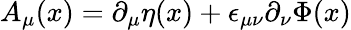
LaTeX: A_{\mu}(x)=\partial_{\mu}\eta(x)+\epsilon_{\mu\nu}\partial_{\nu}\Phi(x)